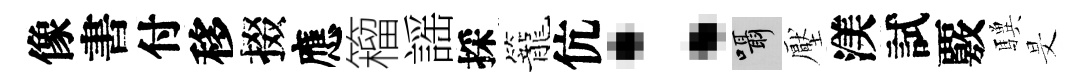
像書付移掇應籕謡採籠伉：囁壓渼試覈驥旻